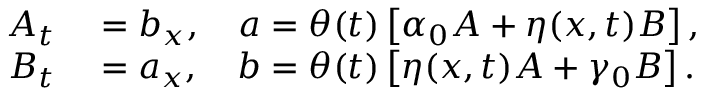
\begin{array} { r l } { A _ { t } } & { { } = b _ { x } , \quad a = \theta ( t ) \left[ \alpha _ { 0 } A + \eta ( x , t ) B \right] , } \\ { B _ { t } } & { { } = a _ { x } , \quad b = \theta ( t ) \left[ \eta ( x , t ) A + \gamma _ { 0 } B \right] . } \end{array}